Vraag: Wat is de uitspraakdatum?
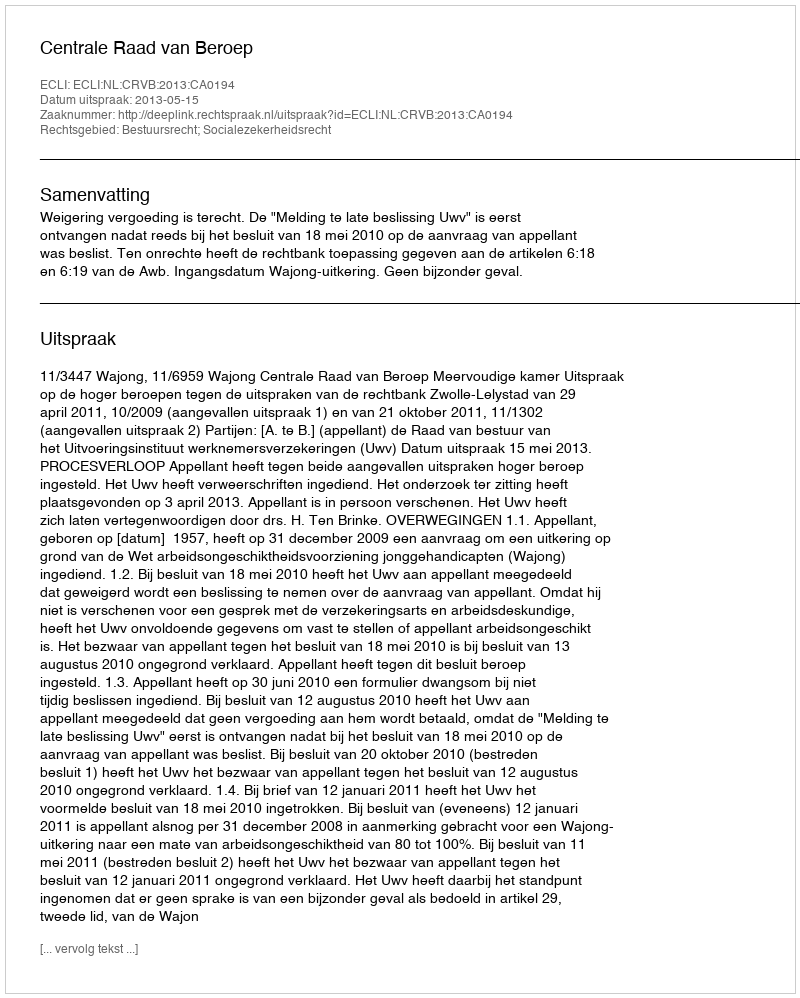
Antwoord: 2013-05-15